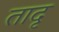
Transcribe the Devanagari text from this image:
तादृ